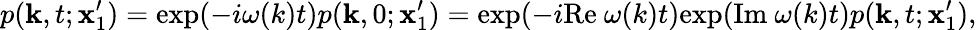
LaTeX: p(\mathbf{k},t;\mathbf{x}_{1}^{\prime})=\mathrm{exp}(-i\omega(k)t)p(\mathbf{k},0;\mathbf{x}_{1}^{\prime})=\mathrm{exp}(-i\mathrm{Re}\ \omega(k)t)\mathrm{exp}(\mathrm{Im}\ \omega(k)t)p(\mathbf{k},t;\mathbf{x}_{1}^{\prime}),